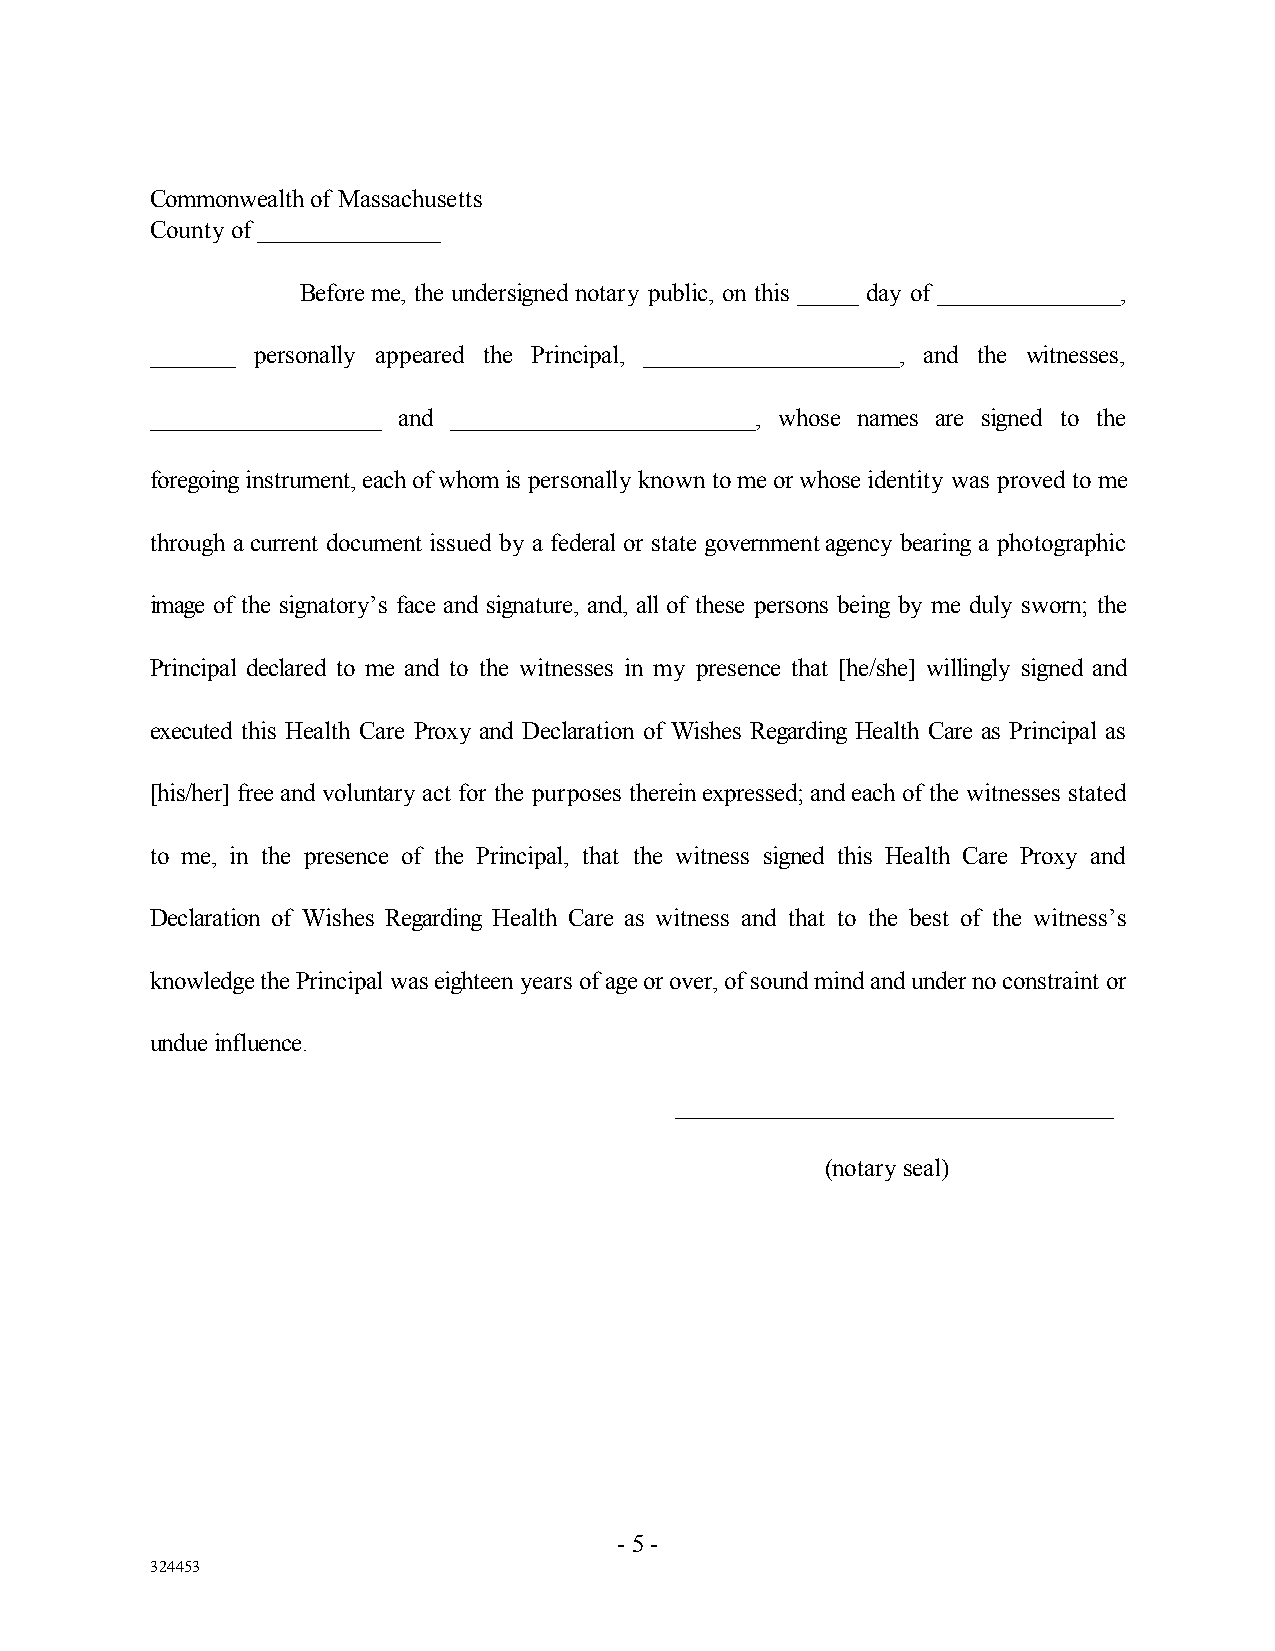
Commonwealth of Massachusetts
 County of _______________
 Before me, the undersigned notary public, on this _____ day of _______________,
 _______ personally appeared the Principal, _____________________, and the witnesses,
 ___________________ and _________________________, whose names are signed to the
 foregoing instrument, each of whom is personally known to me or whose identity was proved to me
 through a current document issued by a federal or state government agency bearing a photographic
 image of the signatory’s face and signature, and, all of these persons being by me duly sworn; the
 Principal declared to me and to the witnesses in my presence that [he/she] willingly signed and
 executed this Health Care Proxy and Declaration of Wishes Regarding Health Care as Principal as
 [his/her] free and voluntary act for the purposes therein expressed; and each of the witnesses stated
 to me, in the presence of the Principal, that the witness signed this Health Care Proxy and
 Declaration of Wishes Regarding Health Care as witness and that to the best of the witness’s
 knowledge the Principal was eighteen years of age or over, of sound mind and under no constraint or
 undue influence.
 ____________________________________
 (notary seal)
 - 5 -
 324453